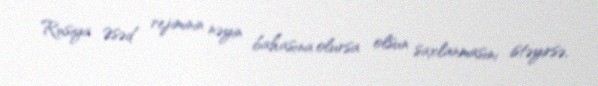
Rusiya Əsəd rejiminin nəyin bahasına olursa olsun saxlanmasını istəyirsə,